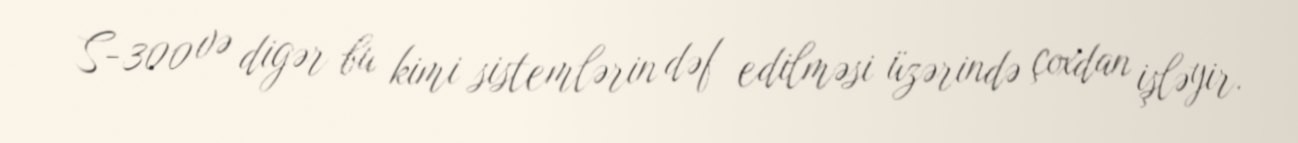
S-300 və digər bu kimi sistemlərin dəf edilməsi üzərində çoxdan işləyir.